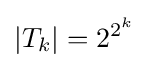
|T_{k}|=2^{2^{k}}